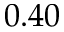
0 . 4 0